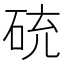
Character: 𥒝